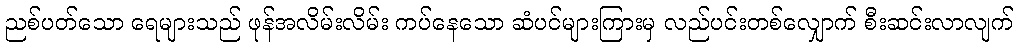
ညစ်ပတ်သော ရေများသည် ဖုန်အလိမ်းလိမ်း ကပ်နေသော ဆံပင်များကြားမှ လည်ပင်းတစ်လျှောက် စီးဆင်းလာလျက်